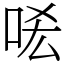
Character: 㖁